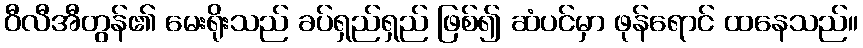
ဝီလီအီတွန်၏ မေးရိုးသည် ခပ်ရှည်ရှည် ဖြစ်၍ ဆံပင်မှာ ဖုန်ရောင် ထနေသည်။